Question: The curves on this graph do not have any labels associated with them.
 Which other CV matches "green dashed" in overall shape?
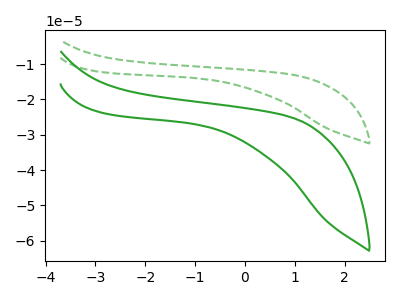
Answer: <think>The green dashed curve "green dashed" has no peaks. The green curve "green" has no peaks.
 Neither "green dashed" or "green" have any peaks.</think>
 <answer>The CV with the most similar shape to "green" is "green dashed".</answer>
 <eval>"green dashed"</eval>